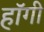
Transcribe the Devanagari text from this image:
हॉगी